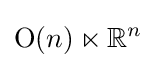
{\text{O}}(n)\ltimes \mathbb {R} ^{n}